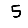
Digit: 5